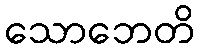
သောဘေတိ